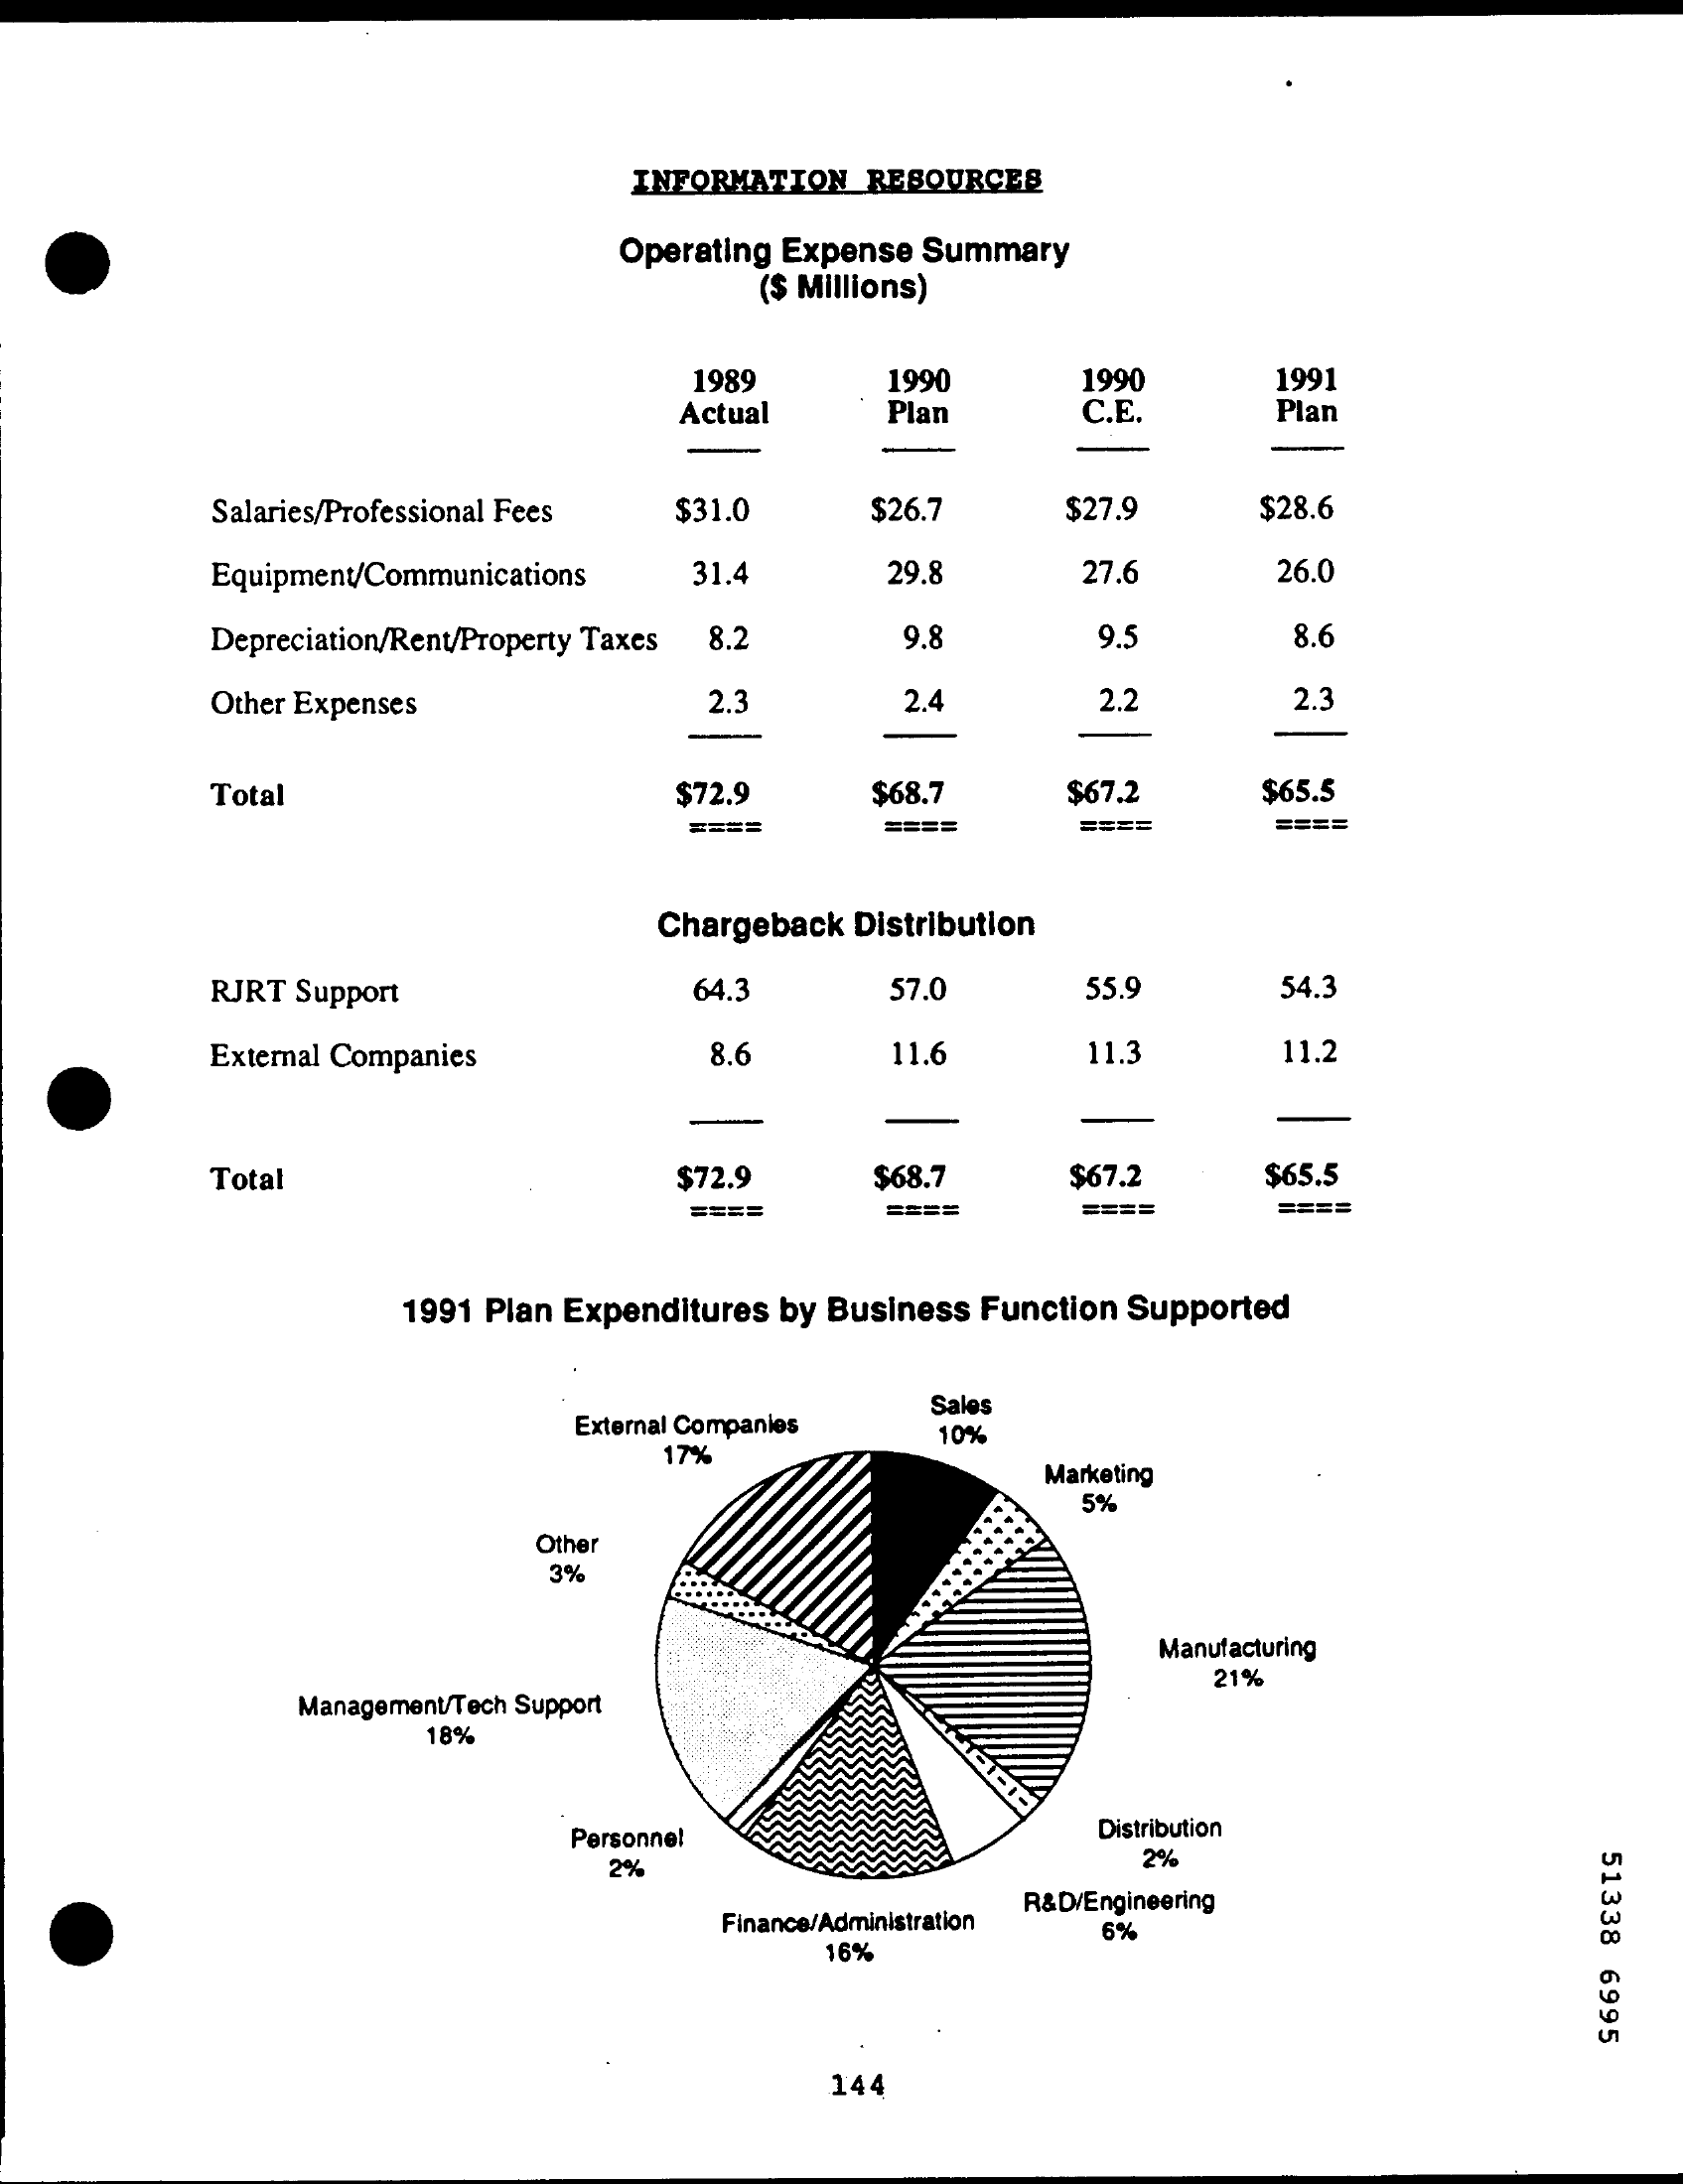
INFORMATION RESOURCES
     Operating Expense Summary
     ($ Millions)
     1989    1990    1990    1991
     Actual    Plan    C.E.    Plan
     Salaries/Professional Fees $31.0   $26.7    $27.9    $28.6
     Equipment/Communications  31.4    29.8    27.6    26.0
     Depreciation/Rent/Property Taxes 8.2 9.8    9.5    8.6
     Other Expenses    2.3    2.4    2.2    2.3
     Total    $72.9    $68.7    $67.2    $65.5
     ====    ====    ====    ====
     Chargeback Distribution
     RJRT Support    64.3    57.0    55.9    54.3
     External Companies    8.6    11.6    11.3    11.2
     Total    $72.9    $68.7    $67.2    $65.5
     ====    ====    ====    ====
     1991 Plan Expenditures by Business Function Supported
     External Companies
     Sales
     17%
     10%
     Marketing
     5%
     Other
     3%
     Manufacturing
     21%
     Management/Tech Support
     18%
     Personnel    Distribution
     51338
     6995
     2%    2%
     Finance/Administration
     R&D/Engineering
     16%
     6%
     144